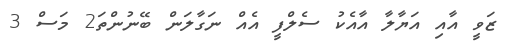
ޒަވީ އާއި އަޔާލާ އާއެކު ސެލްފީ އެއް ނަގާލަން ބޭނުންތަ2 މަސް 3